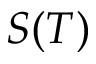
S ( T )